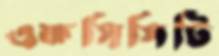
এফসিসিটি